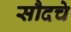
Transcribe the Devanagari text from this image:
सौदचे